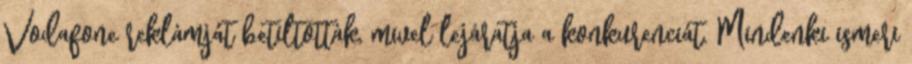
Vodafone reklámját betiltották, mivel lejáratja a konkurenciát. Mindenki ismeri